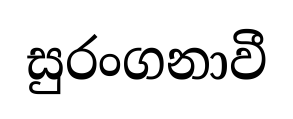
සුරංගනාවී